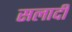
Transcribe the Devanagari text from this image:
सलादी